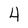
Character: 4